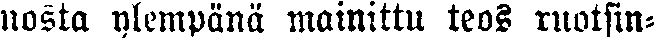
nosta ylempänä mainittu teos ruotsin-